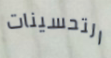
التحسينات